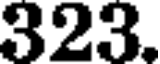
323.